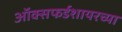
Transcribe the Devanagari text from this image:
ऑक्सफर्डशायरच्या